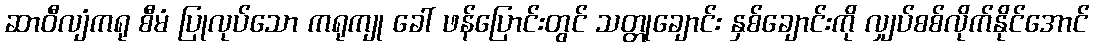
ဆာဝီလျံကရု စီမံ ပြုလုပ်သော ကရုကျု ခေါ် ဖန်ပြောင်းတွင် သတ္တုချောင်း နှစ်ချောင်းကို လျှပ်စစ်လိုက်နိုင်အောင်